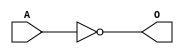
module MJINVA(A, O);
input   A;
output  O;
not g0(O, A);
endmodule